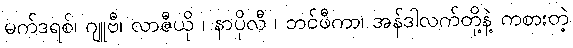
မက်ဒရစ်၊ ဂျူဗီ၊ လာဇီယို ၊ နာပိုလီ ၊ ဘင်ဖီကာ၊ အန်ဒါလက်တို့နဲ့ ကစားတဲ့